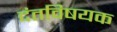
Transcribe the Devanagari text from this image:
दंतविषयक